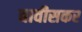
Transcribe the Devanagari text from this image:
बावीसकर